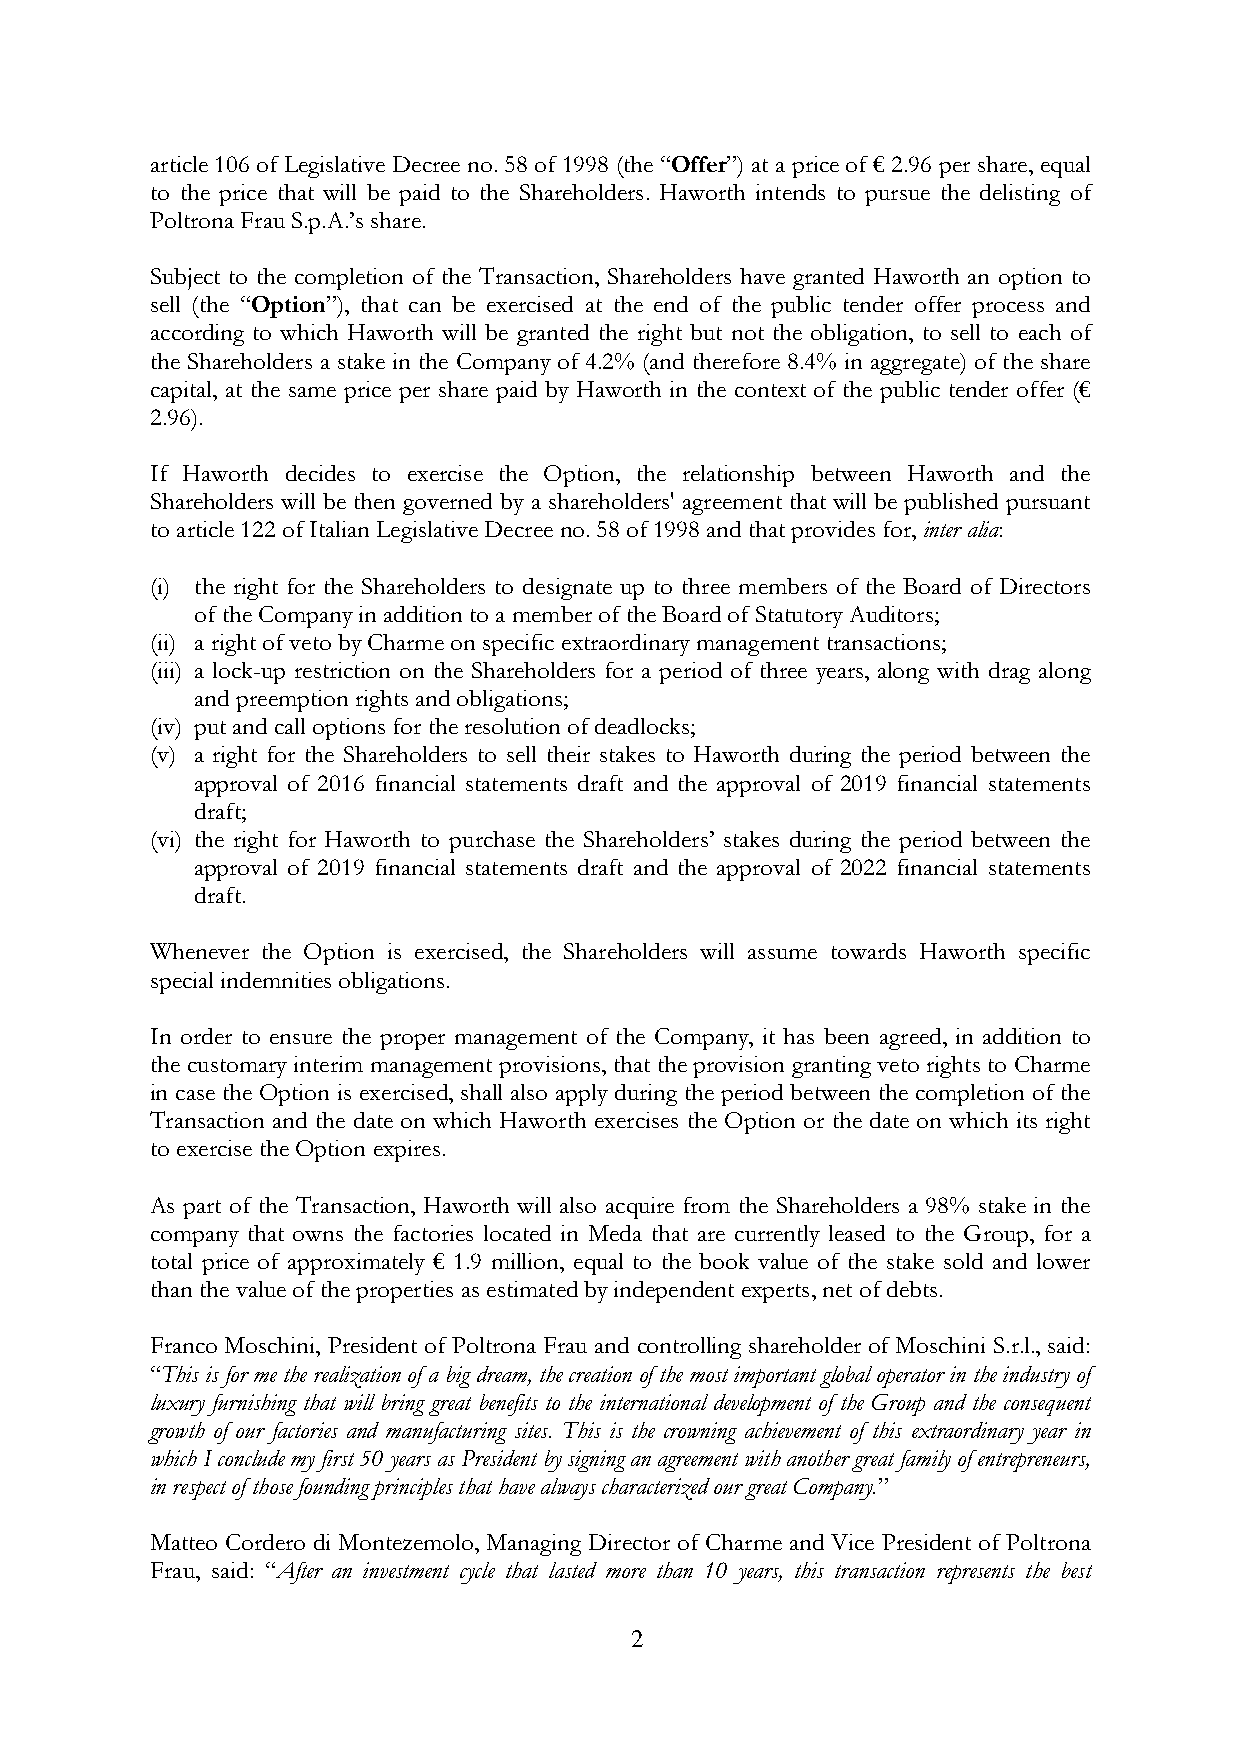
article 106 of Legislative Decree no. 58 of 1998 (the “Offer”) at a price of € 2.96 per share, equal
 to the price that will be paid to the Shareholders. Haworth intends to pursue the delisting of
 Poltrona Frau S.p.A.’s share.
 Subject to the completion of the Transaction, Shareholders have granted Haworth an option to
 sell (the “Option”), that can be exercised at the end of the public tender offer process and
 according to which Haworth will be granted the right but not the obligation, to sell to each of
 the Shareholders a stake in the Company of 4.2% (and therefore 8.4% in aggregate) of the share
 capital, at the same price per share paid by Haworth in the context of the public tender offer (€
 2.96).
 If Haworth decides to exercise the Option, the relationship between Haworth and the
 Shareholders will be then governed by a shareholders' agreement that will be published pursuant
 to article 122 of Italian Legislative Decree no. 58 of 1998 and that provides for, inter alia:
 (i) the right for the Shareholders to designate up to three members of the Board of Directors
 of the Company in addition to a member of the Board of Statutory Auditors;
 (ii) a right of veto by Charme on specific extraordinary management transactions;
 (iii) a lock-up restriction on the Shareholders for a period of three years, along with drag along
 and preemption rights and obligations;
 (iv) put and call options for the resolution of deadlocks;
 (v) a right for the Shareholders to sell their stakes to Haworth during the period between the
 approval of 2016 financial statements draft and the approval of 2019 financial statements
 draft;
 (vi) the right for Haworth to purchase the Shareholders’ stakes during the period between the
 approval of 2019 financial statements draft and the approval of 2022 financial statements
 draft.
 Whenever the Option is exercised, the Shareholders will assume towards Haworth specific
 special indemnities obligations.
 In order to ensure the proper management of the Company, it has been agreed, in addition to
 the customary interim management provisions, that the provision granting veto rights to Charme
 in case the Option is exercised, shall also apply during the period between the completion of the
 Transaction and the date on which Haworth exercises the Option or the date on which its right
 to exercise the Option expires.
 As part of the Transaction, Haworth will also acquire from the Shareholders a 98% stake in the
 company that owns the factories located in Meda that are currently leased to the Group, for a
 total price of approximately € 1.9 million, equal to the book value of the stake sold and lower
 than the value of the properties as estimated by independent experts, net of debts.
 Franco Moschini, President of Poltrona Frau and controlling shareholder of Moschini S.r.l., said:
 “This is for me the realization of a big dream, the creation of the most important global operator in the industry of
 luxury furnishing that will bring great benefits to the international development of the Group and the consequent
 growth of our factories and manufacturing sites. This is the crowning achievement of this extraordinary year in
 which I conclude my first 50 years as President by signing an agreement with another great family of entrepreneurs,
 in respect of those founding principles that have always characterized our great Company.”
 Matteo Cordero di Montezemolo, Managing Director of Charme and Vice President of Poltrona
 Frau, said: “After an investment cycle that lasted more than 10 years, this transaction represents the best
 2